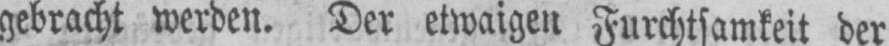
gebracht werden. Der etwaigen Furchtsamkeit der